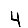
Digit: 4